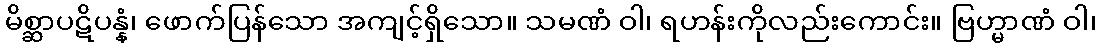
မိစ္ဆာပဋိပန္နံ၊ ဖောက်ပြန်သော အကျင့်ရှိသော။ သမဏံ ဝါ၊ ရဟန်းကိုလည်းကောင်း။ ဗြဟ္မာဏံ ဝါ၊